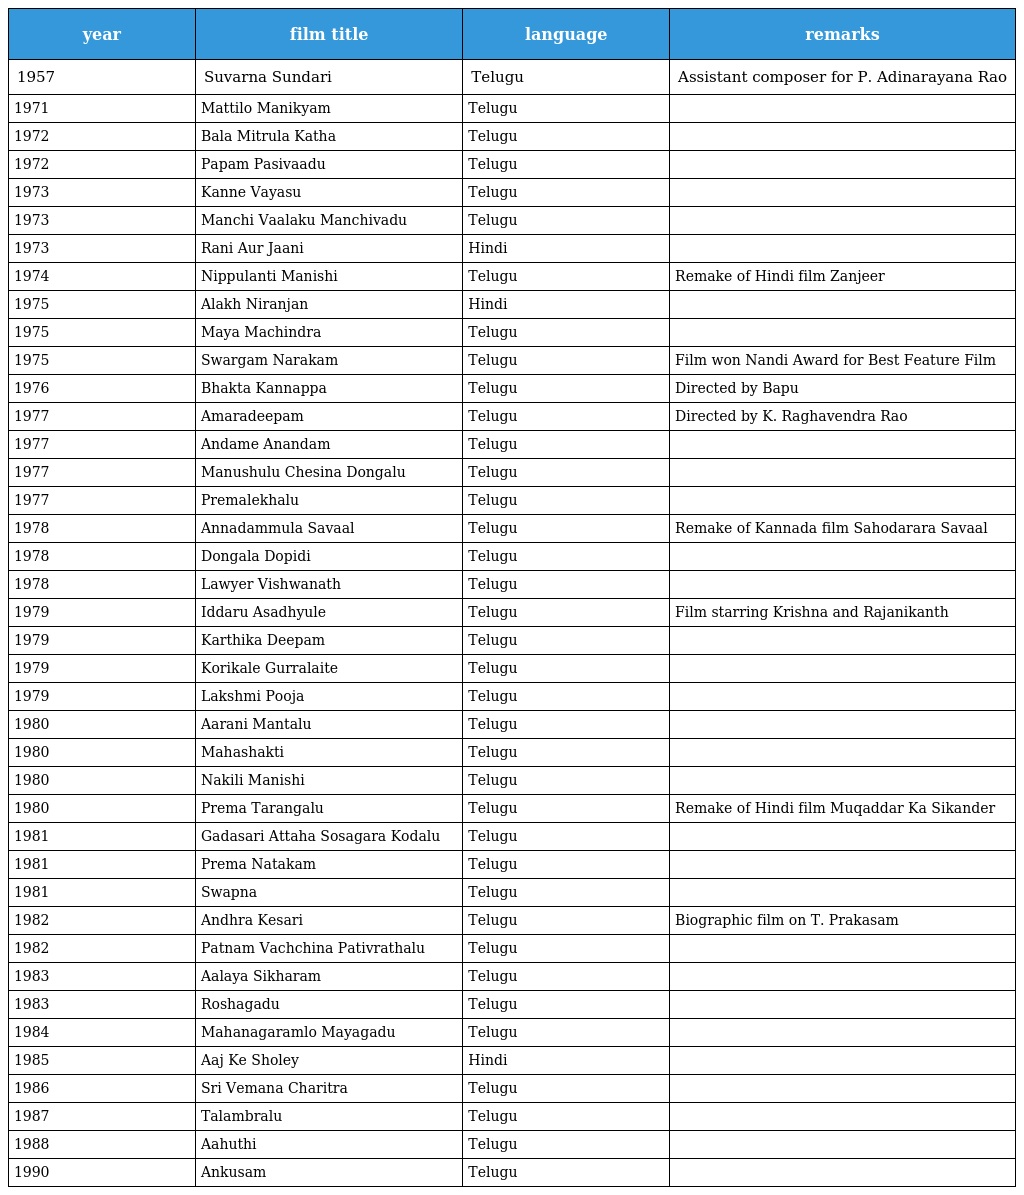
| year | film title | language | remarks |
 | --- | --- | --- | --- |
 | 1957 | Suvarna Sundari | Telugu | Assistant composer for P. Adinarayana Rao |
 | 1971 | Mattilo Manikyam | Telugu |  |
 | 1972 | Bala Mitrula Katha | Telugu |  |
 | 1972 | Papam Pasivaadu | Telugu |  |
 | 1973 | Kanne Vayasu | Telugu |  |
 | 1973 | Manchi Vaalaku Manchivadu | Telugu |  |
 | 1973 | Rani Aur Jaani | Hindi |  |
 | 1974 | Nippulanti Manishi | Telugu | Remake of Hindi film Zanjeer |
 | 1975 | Alakh Niranjan | Hindi |  |
 | 1975 | Maya Machindra | Telugu |  |
 | 1975 | Swargam Narakam | Telugu | Film won Nandi Award for Best Feature Film |
 | 1976 | Bhakta Kannappa | Telugu | Directed by Bapu |
 | 1977 | Amaradeepam | Telugu | Directed by K. Raghavendra Rao |
 | 1977 | Andame Anandam | Telugu |  |
 | 1977 | Manushulu Chesina Dongalu | Telugu |  |
 | 1977 | Premalekhalu | Telugu |  |
 | 1978 | Annadammula Savaal | Telugu | Remake of Kannada film Sahodarara Savaal |
 | 1978 | Dongala Dopidi | Telugu |  |
 | 1978 | Lawyer Vishwanath | Telugu |  |
 | 1979 | Iddaru Asadhyule | Telugu | Film starring Krishna and Rajanikanth |
 | 1979 | Karthika Deepam | Telugu |  |
 | 1979 | Korikale Gurralaite | Telugu |  |
 | 1979 | Lakshmi Pooja | Telugu |  |
 | 1980 | Aarani Mantalu | Telugu |  |
 | 1980 | Mahashakti | Telugu |  |
 | 1980 | Nakili Manishi | Telugu |  |
 | 1980 | Prema Tarangalu | Telugu | Remake of Hindi film Muqaddar Ka Sikander |
 | 1981 | Gadasari Attaha Sosagara Kodalu | Telugu |  |
 | 1981 | Prema Natakam | Telugu |  |
 | 1981 | Swapna | Telugu |  |
 | 1982 | Andhra Kesari | Telugu | Biographic film on T. Prakasam |
 | 1982 | Patnam Vachchina Pativrathalu | Telugu |  |
 | 1983 | Aalaya Sikharam | Telugu |  |
 | 1983 | Roshagadu | Telugu |  |
 | 1984 | Mahanagaramlo Mayagadu | Telugu |  |
 | 1985 | Aaj Ke Sholey | Hindi |  |
 | 1986 | Sri Vemana Charitra | Telugu |  |
 | 1987 | Talambralu | Telugu |  |
 | 1988 | Aahuthi | Telugu |  |
 | 1990 | Ankusam | Telugu |  |